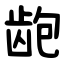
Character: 龅